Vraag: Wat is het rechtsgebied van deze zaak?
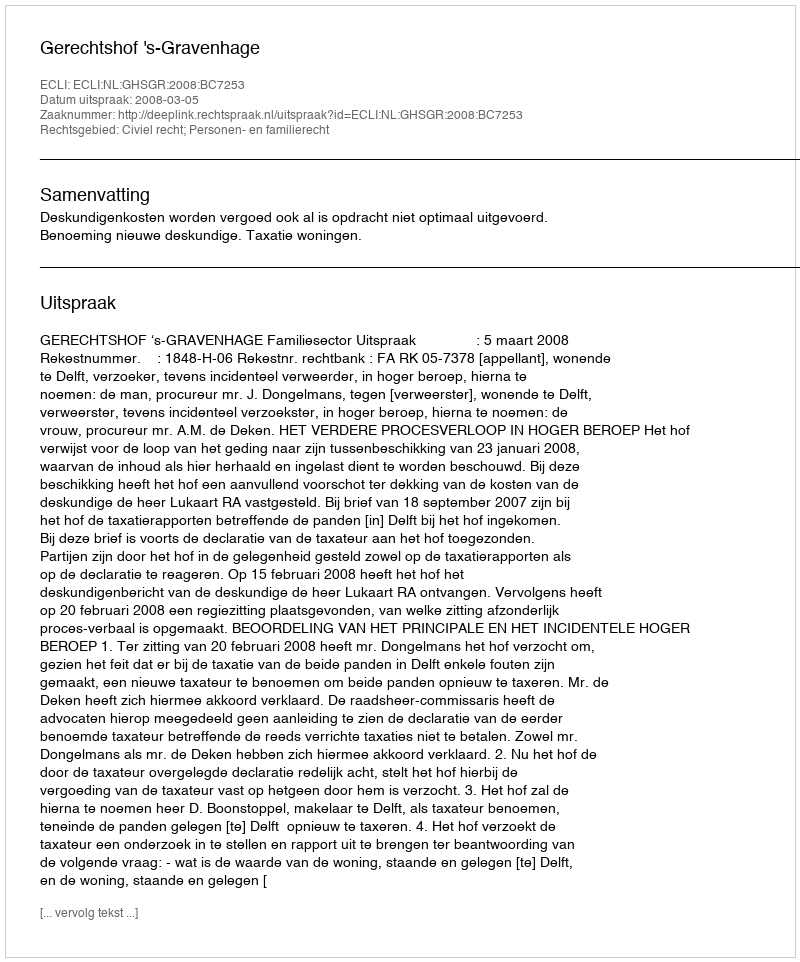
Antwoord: Civiel recht; Personen- en familierecht